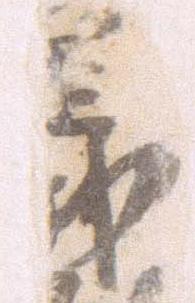
義